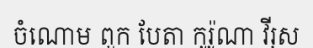
ចំណោម ពួក បែតា កូរ៉ូណា វីរុស